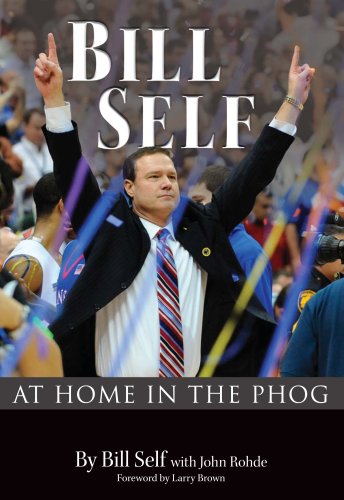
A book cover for BILL SELF: At Home in the Phog; Bill Self; Sports & Outdoors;